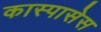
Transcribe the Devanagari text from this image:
कास्पासेस